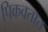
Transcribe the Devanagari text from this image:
पिकवतात